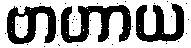
ဗာဟာယ